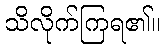
သိလိုက်ကြရ၏။